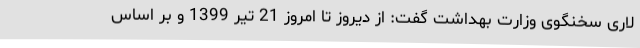
لاری سخنگوی وزارت بهداشت گفت: از دیروز تا امروز 21 تیر 1399 و بر اساس